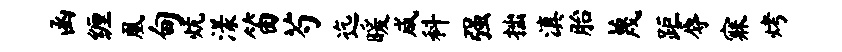
函缠凰甸炕漾笛芍迄暖咸科强拙滇胎蔑距辱寐烤